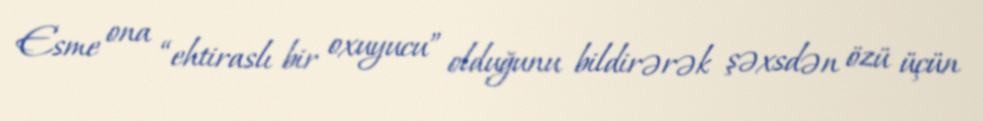
Esme ona “ehtiraslı bir oxuyucu” olduğunu bildirərək şəxsdən özü üçün